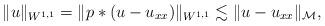
LaTeX: \begin{align*}\Vert u\Vert_{W^{1,1}}=\Vert p*(u- u_{xx})\Vert_{W^{1,1}}\lesssim \Vert u-u_{xx}\Vert_{\mathcal{M}},\end{align*}